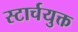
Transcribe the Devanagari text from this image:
स्टार्चयुक्त